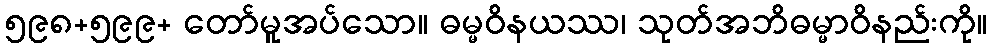
၅၉၈+၅၉၉+ တော်မူအပ်သော။ ဓမ္မဝိနယဿ၊ သုတ်အဘိဓမ္မာဝိနည်းကို။